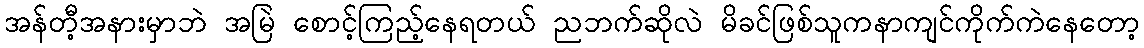
အန်တီ့အနားမှာဘဲ အမြဲ စောင့်ကြည့်နေရတယ် ညဘက်ဆိုလဲ မိခင်ဖြစ်သူကနာကျင်ကိုက်ကဲနေတော့